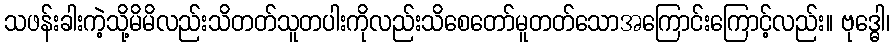
သဖန်းခါးကဲ့သို့မိမိလည်းသိတတ်သူတပါးကိုလည်းသိစေတော်မူတတ်သောအကြောင်းကြောင့်လည်း။ ဗုဒ္ဓေါ၊